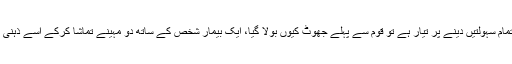
انہوں نے کہا کہ آج حکومت نوازشریف کو صحت کی تمام سہولتیں دینے پر تیار ہے تو قوم سے پہلے جھوٹ کیوں بولا گیا، ایک بیمار شخص کے ساتھ دو مہینے تماشا کرکے اسے ذہنی اذیت کیوں دی گئی اور علاج میں تاخیر کا جرم کیا گیا۔